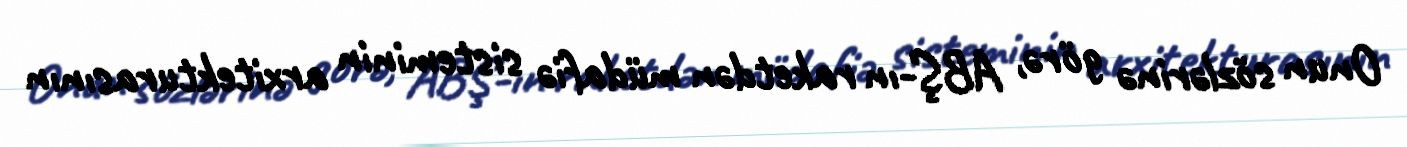
Onun sözlərinə görə, ABŞ-ın raketdən müdafiə sisteminin arxitekturasının